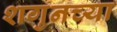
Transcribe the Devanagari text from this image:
शगुनच्या